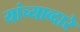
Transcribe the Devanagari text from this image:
यांच्याव्दारे